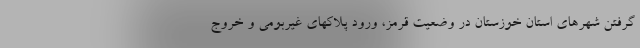
گرفتن شهرهای استان خوزستان در وضعیت قرمز، ورود پلاکهای غیربومی و خروج